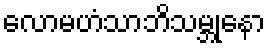
လောမဟံသာဘိသမ္ဘုနော